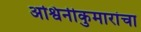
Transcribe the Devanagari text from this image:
अश्विनीकुमारांचा